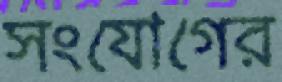
সংযোগের